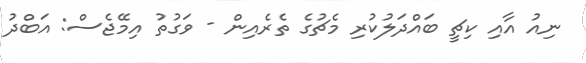
ނިއު އާއި ކިޗީ ބައްދަލުކުރި މެޗުގެ ތެރެއިން - ވަގުތު އިމޭޖެސް: އަބްދު